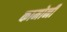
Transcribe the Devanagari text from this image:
कामोनी